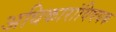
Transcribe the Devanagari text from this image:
अधिकारांविषयक